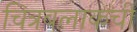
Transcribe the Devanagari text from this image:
चित्रबलाकची